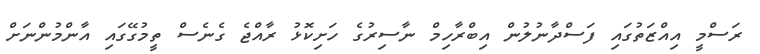
ރަސްމީ އިއްޒަތުގައި ފަސްދާނުލުން އިބްރާހިމް ނާސިރުގެ ހަށިކޮޅު ރާއްޖެ ގެނެސް ތީމުގޭގައި އާންމުންނަށް